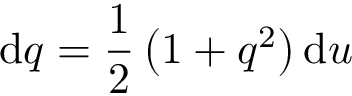
\mathrm { d } q = \frac { 1 } { 2 } \left( 1 + q ^ { 2 } \right) \mathrm { d } u